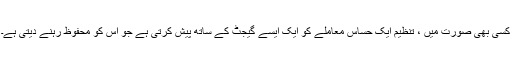
کسی بھی صورت میں ، تنظیم ایک حساس معاملے کو ایک ایسے گیجٹ کے ساتھ پیش کرتی ہے جو اس کو محفوظ رہنے دیتی ہے۔